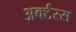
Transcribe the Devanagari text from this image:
अर्क्टरस